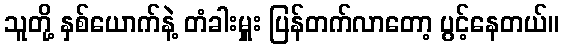
သူတို့ နှစ်ယောက်နဲ့ တံခါးမှူး ပြန်တက်လာတော့ ပွင့်နေတယ်။